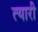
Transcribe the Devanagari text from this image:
त्यारी